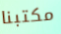
مكتبنا